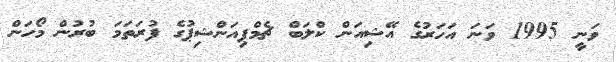
ވަނީ 1995 ވަނަ އަހަރުގެ އޭޝިއަން ކްލަބް ޗެމްޕިއަންޝިޕުގެ ފުރަތަމަ ބުރުން މޯހަން